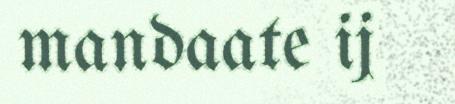
mandaate ij